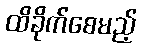
ထိခိုက်စေမည့်